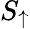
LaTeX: S_{\uparrow}